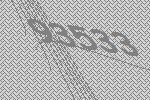
93533